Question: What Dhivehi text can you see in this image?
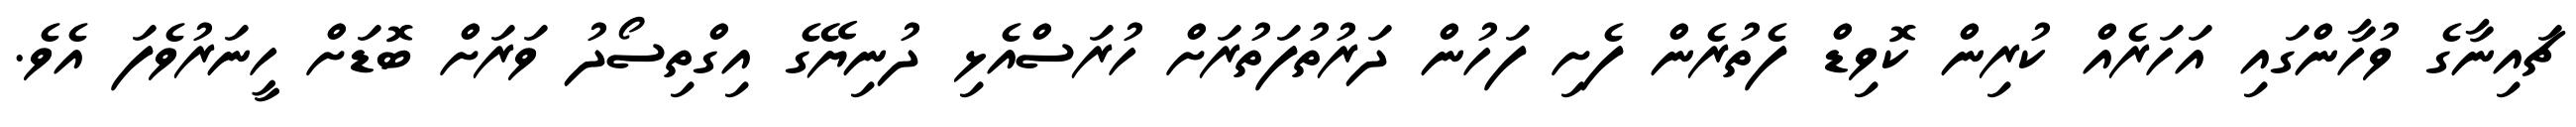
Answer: ޗައިނާގެ ވުހާންގައި އަހަރެއް ކުރިން ކޮވިޑް ފެތުރެން ފެށި ފަހުން ދަރުތުފަތުރަށް ހުރަސްއެޅި ދުނިޔޭގެ އިގްތިސޯދު ވަރަށް ބޮޑަށް ހީނަރުވެފަ އެވެ.